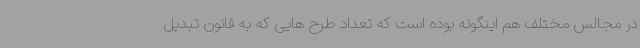
در مجالس مختلف هم اینگونه بوده است که تعداد طرح هایی که به قانون تبدیل